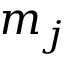
m _ { j }